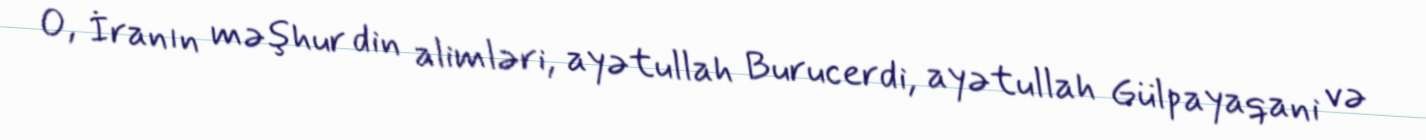
O, İranın məşhur din alimləri, ayətullah Burucerdi, ayətullah Gülpayaqani və